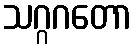
သဂ္ဂဂတော